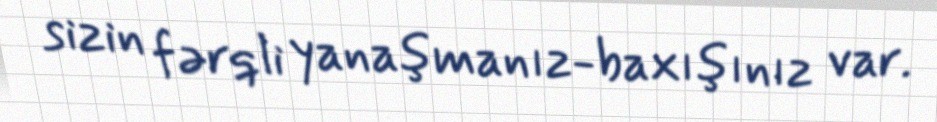
sizin fərqli yanaşmanız-baxışınız var.